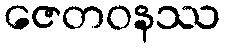
ဇေတဝနဿ